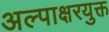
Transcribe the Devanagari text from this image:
अल्पाक्षरयुक्त